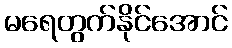
မရေတွက်နိုင်အောင်